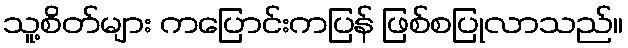
သူ့စိတ်များ ကပြောင်းကပြန် ဖြစ်စပြုလာသည်။